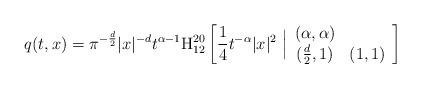
LaTeX: \begin{align*}q(t,x)=\pi^{-\frac{d}{2}}|x|^{-d}t^{\alpha-1}\textnormal{H}_{12}^{20}\left[\frac{1}{4}t^{-\alpha}|x|^{2}\ \Big|\begin{array}{cc} (\alpha,\alpha) \\ (\frac{d}{2},1) & (1,1)\end{array}\right]\end{align*}